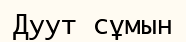
Дуут сұмын